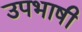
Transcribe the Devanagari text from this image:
उपभाषी